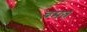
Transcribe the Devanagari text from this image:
चमत